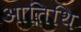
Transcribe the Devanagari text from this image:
आतिथि